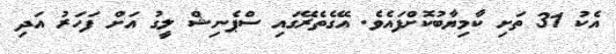
އެކު 31 ތަށި ކާމިޔާބުކޮށްފައެވެ. އޭގެތެރޭގައި ސްޕެނިޝް ލީގު އަށް ފަހަރު އަދި